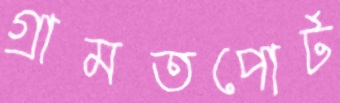
গ্রামতপোর্ট